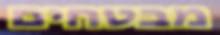
מבטחים